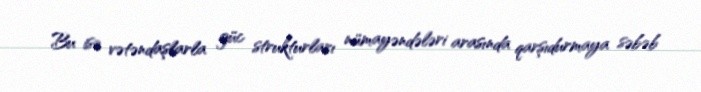
Bu isə vətəndaşlarla güc strukturları nümayəndələri arasında qarşıdurmaya səbəb